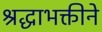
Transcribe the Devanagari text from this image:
श्रद्धाभक्तीने